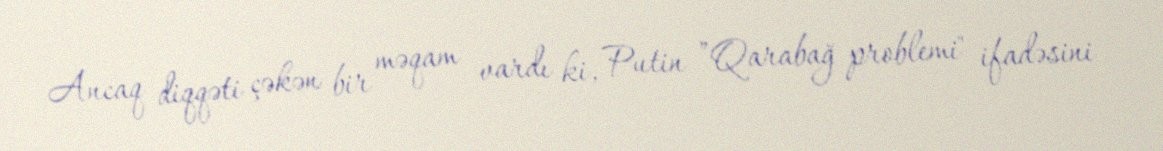
Ancaq diqqəti çəkən bir məqam vardı ki, Putin ”Qarabağ problemi" ifadəsini